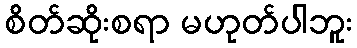
စိတ်ဆိုးစရာ မဟုတ်ပါဘူး